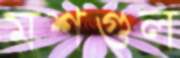
মশগুল